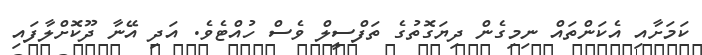
ކަމަށާއި އެކަންތައް ނިމިގެން ދިޔަގޮތުގެ ތަފްސީލް ވެސް ހުއްޓެވެ. އަދި އޭނާ ދޫކޮށްލާފައި